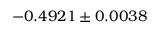
- 0 . 4 9 2 1 \pm 0 . 0 0 3 8